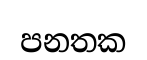
පනතක